Medical and sanitary report on the native army of Bombay for the year
Year: 1878
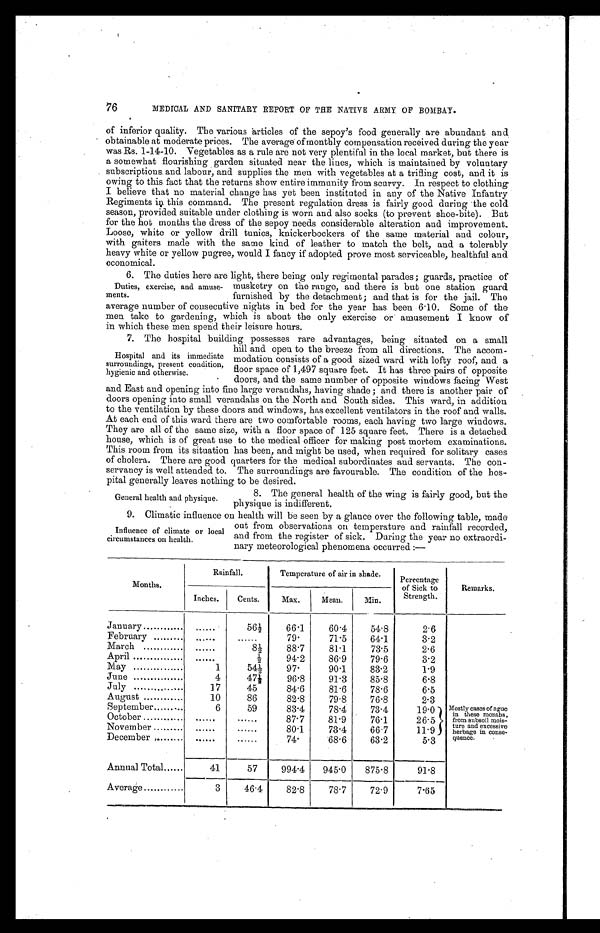
76
MEDICAL AND SANITARY REPORT OF THE NATIVE ARMY OF BOMBAY.
of inferior quality. The various articles of the sepoy’s food generally are abundant and
obtainable at moderate prices. The average of monthly compensation received during the year
was Rs. 1-14-10. Vegetables as a rule are not very plentiful in the local market, but there is
a somewhat flourishing garden situated near the lines, which is maintained by voluntary
subscriptions. and labour, and supplies the men with vegetables at a trifling cost, and it is
owing to this fact that the returns show entire immunity from scurvy. In respect to clothing
I believe that no material change has yet been instituted in any of the Native Infantry
Regiments iņ this command. The present regulation dress is fairly good during the cold
season, provided suitable under clothing is worn and also socks (to prevent shoe-bite). But
for the hot months the dress of the sepoy needs considerable alteration and improvement.
Loose, white or yellow drill tunics, knickerbockers of the same material and colour,
with gaiters made with the same kind of leather to match the belt, and a tolerably
heavy white or yellow pugree, would I fancy if adopted prove most serviceable, healthful and
economical.
6. The duties here are light, there being only regimental parades ; guards, practice of
Duties, exercise, and amuse-
ments.
musketry on the range, and there is but one station guard
furnished by the detachment ; and that is for the jail. The
average number of consecutive nights in bed for the year has been 6.10. Some of the
men take to gardening, which is about the only exercise or amusement I know of
in which these men spend their leisure hours.
7 The hospital building possesses rare advantages, being situated on a small
Hospital and its immediate
surroundings, present condition,
hygienic and otherwise.
hill and open to the breeze from all directions. The accom-
modation consists of a good sized ward with lofty roof, and a
floor space of 1,497 square feet. It has three pairs of opposite
doors, and the same number of opposite windows facing West
and East and opening into fine large verandahs, having shade ; and there is another pair of
doors opening into small verandahs on the North and South sides. This ward, in addition
to the ventilation by these doors and windows, has excellent ventilators in the roof and walls.
At each end of this ward there are two comfortable rooms, each having two large windows.
They are all of the same size, with a floor space of 125 square feet. There is a detached
house, which is of great use to the medical officer for making post mortem examinations.
This room from its situation has been, and might be used, when required for solitary cases
of cholera. There are good quarters for the medical subordinates and servants. The con-
servancy is well attended to. The surroundings are favourable. The condition of the hos-
pital generally leaves nothing to be desired.
8. The general health of the wing is fairly good, but the
physique is indifferent.
9. Climatíc influence on health will be seen by a glance over the following table made
General health and physique.
Influence of climate or local
circumstances on health.
out from observations on temperature and rainfall recorded,
and from the register of sick. During the year no extraordi-
nary meteorological phenomena occurred :—
Months.
Rainfall.
Temperature of air in shade.
Percentage
of Sick to
Strength.
Remarks.
Inches.
Cents.
Max.
Mean.
Min.
January
. . . . . .
56½
66.1
60.4
54.8
2. 6
February
. . . . . . ......
79.
71.5
64.1
3.2
March
. . . . . .
8½
88.7
81.1
73.5
2.6
April
. . . . . .
½
94.2
86.9
79.6
3.2
May
1
54½
97.
90.1
83.2
1.9
June
4
47½
96.8
91.3
85.8
6.8
July
17
45
84.6
81.6
78.6
6.5
August
10
86
82.8
79.8
76.8
2.3
September
6
59
83.4
78.4
73.4
19.0
M o s t l y c a s e s o f a g u e
i n t h e s e m o n t h s , f r o m s u b s o i l m o i s - t u r e a n d e x c e s s i v e h e r b a g e i n c o n s e - q u e n c e .
October
. . . . . . ......
87.7
81.9
76.1
26.5
November
. . . . . . .....
80.1
73.4
66.7
1 1 . 9
December .
. . . . . . ......
74.
68.6
63.2
5.3
Annual Total......
41
57
994.4
945 . 0
875.8
91.8
Average
3
46.4
82.8
78.7
72.9
7.65